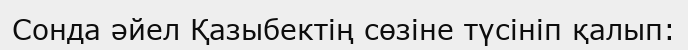
Сонда әйел Қазыбектің сөзіне түсініп қалып: